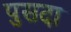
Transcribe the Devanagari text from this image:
पुसदा